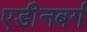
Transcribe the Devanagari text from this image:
एडीनबर्ग